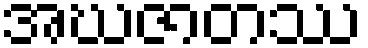
အဃဇာတဿ